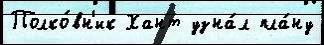
Полко́вн'ик Хант узна́л пла́ну